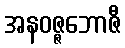
အနဝဇ္ဇဘောဇီ